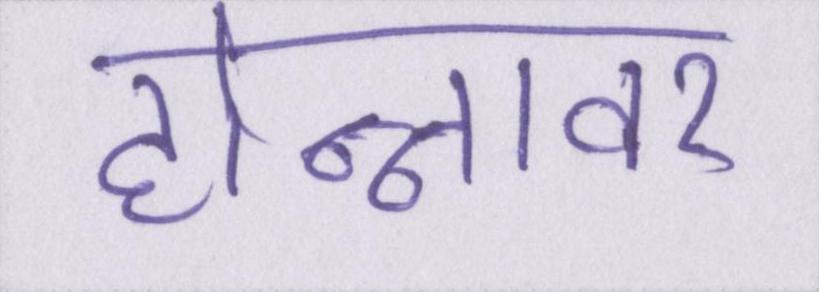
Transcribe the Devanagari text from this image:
होन्नावर